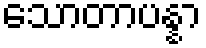
သောတာပန္နာ